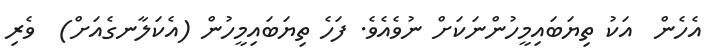
އެހެން  އަކު ތިޔަބައިމީހުންނަކަށް ނުވެއެވެ. ފަހެ ތިޔަބައިމީހުން (އެކަލާނގެއަށް)  ވެރި